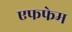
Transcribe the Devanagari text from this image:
एफफेम